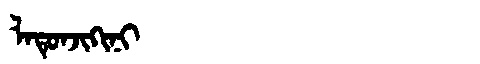
Manchu: ᠯᠠᡨᡠᠨᠵᡳᡴᡳᠨᡳ
Romanization: LATUNJIKINI